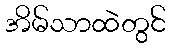
အိမ်သာထဲတွင်